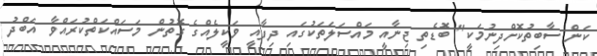
ކަން ސާބިތުކޮށްދިނުމަކީ" ބޮޑެތި ޖިނާއީ މައްސަލަތަކުގައި ދިފާއީ ވަކީލެއްގެ ގޮތުން މަސައްކަތްކުރައްވާ އަބްދު